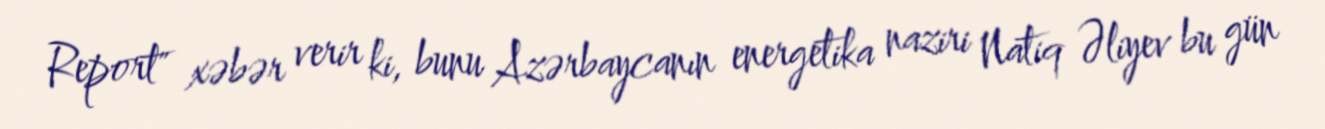
Report" xəbər verir ki, bunu Azərbaycanın energetika naziri Natiq Əliyev bu gün